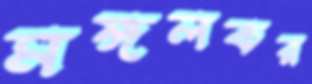
মঙ্গলকর